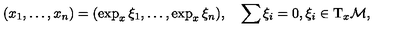
( x _ { 1 } , \dots , x _ { n } ) = ( \exp _ { x } \xi _ { 1 } , \dots , \exp _ { x } \xi _ { n } ) , \quad \sum \xi _ { i } = 0 , \xi _ { i } \in \mathrm { T } _ { x } { \cal M } ,